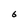
Character: 6